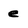
Character: e